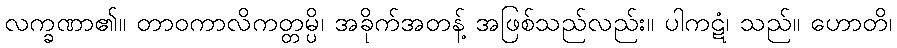
လက္ခဏာ၏။ တာဝကာလိကတ္တမ္ပိ၊ အခိုက်အတန့် အဖြစ်သည်လည်း။ ပါကဋံ၊ သည်။ ဟောတိ၊